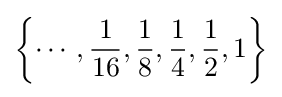
\left\{\cdots ,{\frac {1}{16}},{\frac {1}{8}},{\frac {1}{4}},{\frac {1}{2}},1\right\}